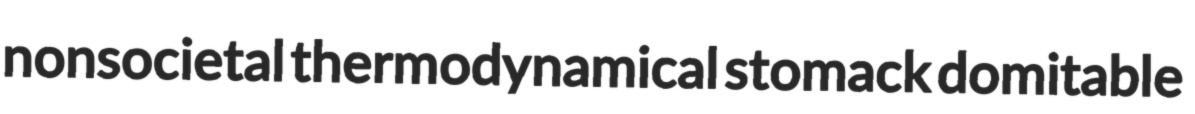
nonsocietal thermodynamical stomack domitable